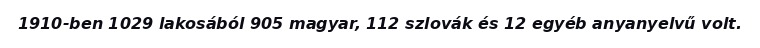
1910-ben 1029 lakosából 905 magyar, 112 szlovák és 12 egyéb anyanyelvű volt.